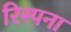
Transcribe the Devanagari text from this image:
रिस्पना